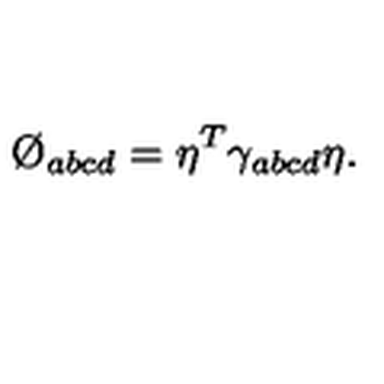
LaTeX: \O _ { a b c d } = \eta ^ { T } \gamma _ { a b c d } \eta .